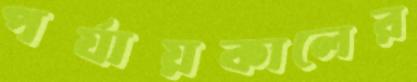
পর্যায়কালের